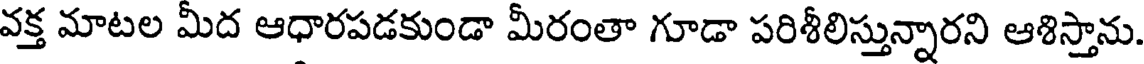
వక్త మాటల మీద ఆధారపడకుండా మీరంతా గూడా పరిశీలిస్తున్నారని ఆశిస్తాను.